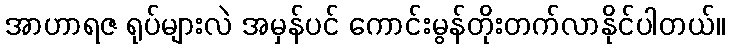
အာဟာရဇ ရုပ်များလဲ အမှန်ပင် ကောင်းမွန်တိုးတက်လာနိုင်ပါတယ်။